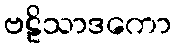
ဗဠိသာဒကော